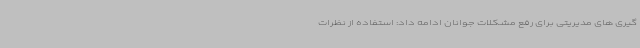
گیری های مدیریتی برای رفع مشکلات جوانان ادامه داد: استفاده از نظرات